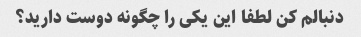
دنبالم کن لطفا این یکی را چگونه دوست دارید؟